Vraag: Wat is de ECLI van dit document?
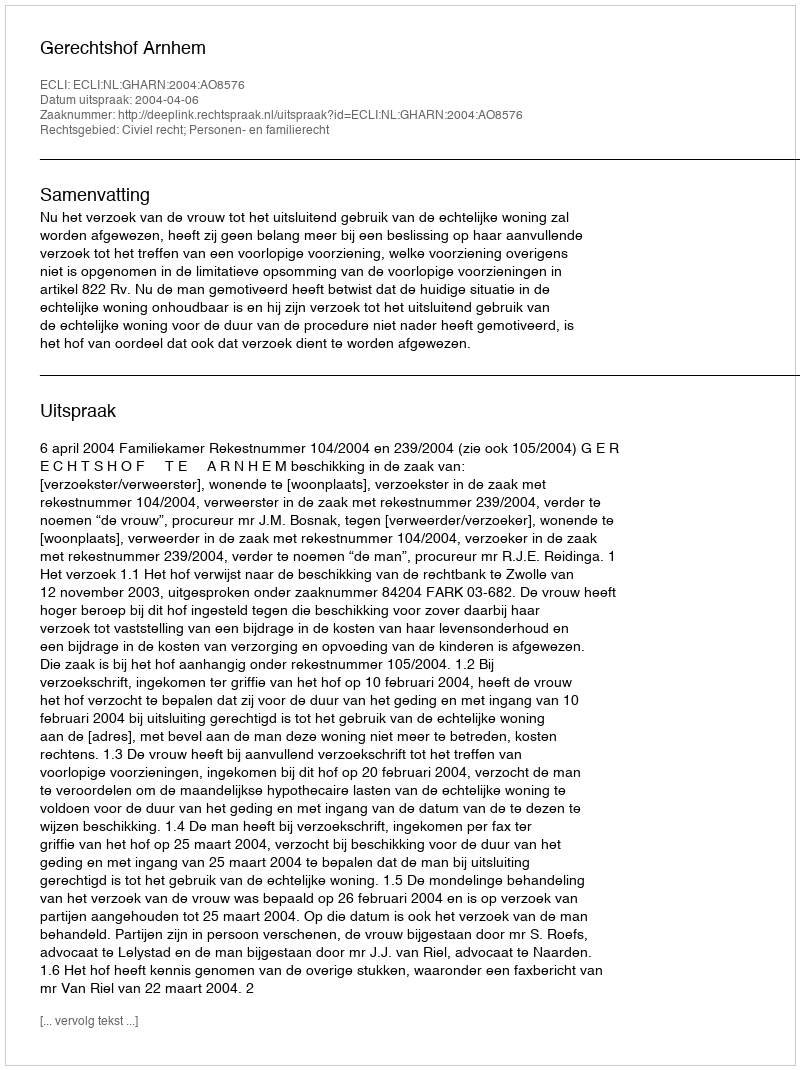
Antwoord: ECLI:NL:GHARN:2004:AO8576